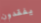
يفقدون